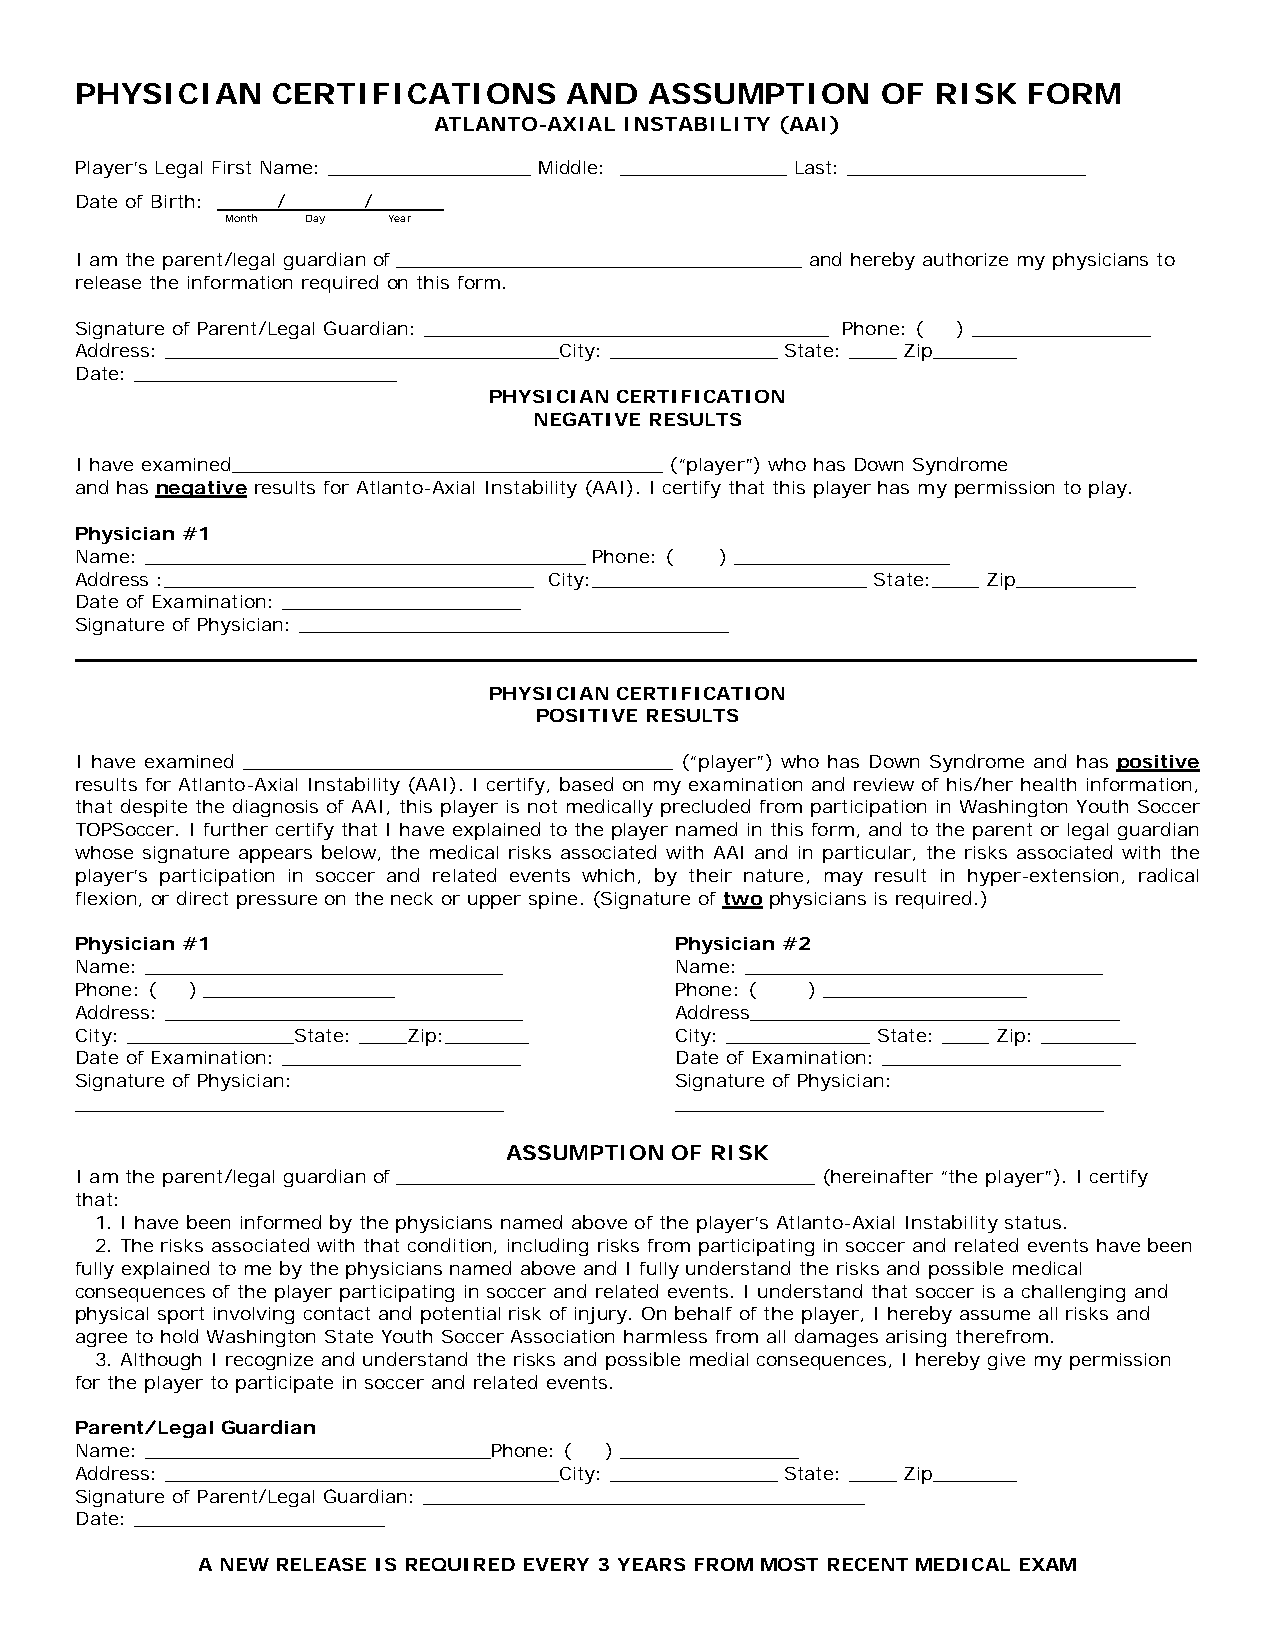
PHYSICIAN    CERTIFICATIONS      AND  ASSUMPTION     OF  RISK  FORM
 ATLANTO-AXIAL INSTABILITY (AAI)
 Player’s Legal First Name: _________________ Middle: ______________ Last: ____________________
 Date of Birth: _____/ ______/______
 Month Day  Year
 I am the parent/legal guardian of __________________________________ and hereby authorize my physicians to
 release the information required on this form.
 Signature of Parent/Legal Guardian: __________________________________ Phone: ( ) _______________
 Address: _________________________________City: ______________ State: ____ Zip_______
 Date: ______________________
 PHYSICIAN CERTIFICATION
 NEGATIVE RESULTS
 I have examined____________________________________ (“player”) who has Down Syndrome
 and has negative results for Atlanto-Axial Instability (AAI). I certify that this player has my permission to play.
 Physician #1
 Name: _____________________________________ Phone: ( ) __________________
 Address :_______________________________ City:_______________________ State:____ Zip__________
 Date of Examination: ____________________
 Signature of Physician: ____________________________________
 PHYSICIAN CERTIFICATION
 POSITIVE RESULTS
 I have examined ____________________________________ (“player”) who has Down Syndrome and has positive
 results for Atlanto-Axial Instability (AAI). I certify, based on my examination and review of his/her health information,
 that despite the diagnosis of AAI, this player is not medically precluded from participation in Washington Youth Soccer
 TOPSoccer. I further certify that I have explained to the player named in this form, and to the parent or legal guardian
 whose signature appears below, the medical risks associated with AAI and in particular, the risks associated with the
 player’s participation in soccer and related events which, by their nature, may result in hyper-extension, radical
 flexion, or direct pressure on the neck or upper spine. (Signature of two physicians is required.)
 Physician #1                            Physician #2
 Name: ______________________________    Name: ______________________________
 Phone: ( ) ________________             Phone: ( ) _________________
 Address: ______________________________ Address_______________________________
 City: ______________State: ____Zip:_______ City: ____________ State: ____ Zip: ________
 Date of Examination: ____________________ Date of Examination: ____________________
 Signature of Physician:                 Signature of Physician:
 ____________________________________    ____________________________________
 ASSUMPTION OF RISK
 I am the parent/legal guardian of ___________________________________ (hereinafter “the player”). I certify
 that:
 1. I have been informed by the physicians named above of the player’s Atlanto-Axial Instability status.
 2. The risks associated with that condition, including risks from participating in soccer and related events have been
 fully explained to me by the physicians named above and I fully understand the risks and possible medical
 consequences of the player participating in soccer and related events. I understand that soccer is a challenging and
 physical sport involving contact and potential risk of injury. On behalf of the player, I hereby assume all risks and
 agree to hold Washington State Youth Soccer Association harmless from all damages arising therefrom.
 3. Although I recognize and understand the risks and possible medial consequences, I hereby give my permission
 for the player to participate in soccer and related events.
 Parent/Legal Guardian
 Name: _____________________________Phone: ( ) _______________
 Address: _________________________________City: ______________ State: ____ Zip_______
 Signature of Parent/Legal Guardian: _____________________________________
 Date: _____________________
 A NEW RELEASE IS REQUIRED EVERY 3 YEARS FROM MOST RECENT MEDICAL EXAM